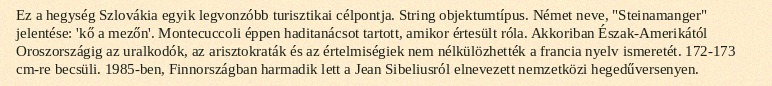
Ez a hegység Szlovákia egyik legvonzóbb turisztikai célpontja. String objektumtípus. Német neve, "Steinamanger" jelentése: 'kő a mezőn'. Montecuccoli éppen haditanácsot tartott, amikor értesült róla. Akkoriban Észak-Amerikától Oroszországig az uralkodók, az arisztokraták és az értelmiségiek nem nélkülözhették a francia nyelv ismeretét. 172-173 cm-re becsüli. 1985-ben, Finnországban harmadik lett a Jean Sibeliusról elnevezett nemzetközi hegedűversenyen.